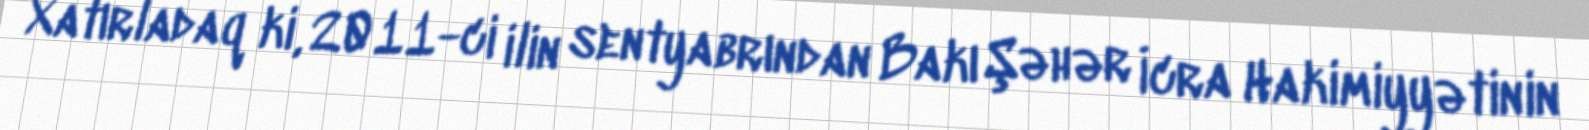
Xatırladaq ki, 2011-ci ilin sentyabrından Bakı Şəhər İcra Hakimiyyətinin